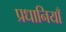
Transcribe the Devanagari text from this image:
प्रधानियाँ